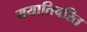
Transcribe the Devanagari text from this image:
ययातिचरित